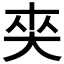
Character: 𡘖